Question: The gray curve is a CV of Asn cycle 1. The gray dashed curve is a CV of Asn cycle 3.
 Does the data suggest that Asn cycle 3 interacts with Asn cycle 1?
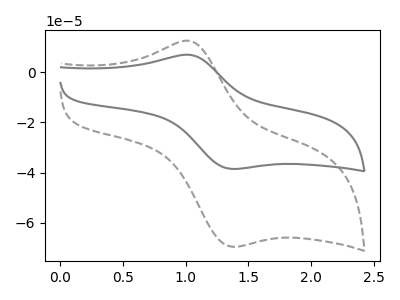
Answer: <think>The gray curve "Asn cycle 1" has an anodic peak at (1.05V, 6.85uA) and a cathodic peak at (1.40V, -38.55uA). The gray dashed curve "Asn cycle 3" has an anodic peak at (1.05V, 12.35uA) and a cathodic peak at (1.40V, -69.55uA).
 All the peaks in "Asn cycle 3" have a peak in "Asn cycle 1" at the same potential. Every peak in "Asn cycle 3" is higher than every peak in "Asn cycle 1".</think>
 <answer>No, "Asn cycle 3" and "Asn cycle 1" don't appear to be significantly different in shape</answer>
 <eval>no_change</eval>